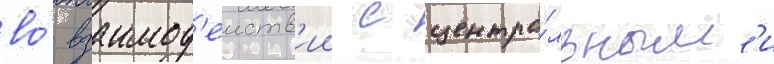
во́ взаимод'еиств'ии с центра́льным'и